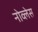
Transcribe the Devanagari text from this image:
नोव्लेस